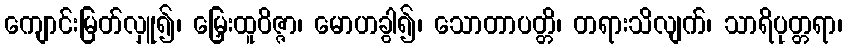
ကျောင်းမြတ်လှူ၍၊ မြှေးထူဝိဇ္ဇာ၊ မောဟခွါ၍၊ သောတာပတ္တိ၊ တရားသိလျက်၊ သာရိပုတ္တရာ၊